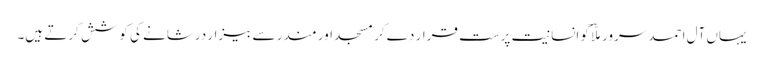
یہاں آلِ احمد سرور ملّاؔ کو انسانیت پرست قرار دے کر مسجد اور مندر سے بیزار درشانے کی کوشش کرتے ہیں۔